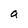
Character: a